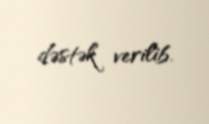
dəstək verilib.